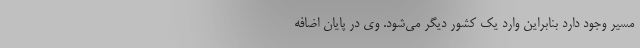
مسیر وجود دارد بنابراین وارد یک کشور دیگر می‌شود. وی در پایان اضافه